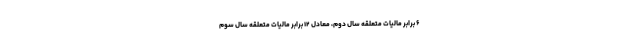
۶ برابر مالیات متعلقه سال دوم، معادل ۱۲ برابر مالیات متعلقه سال سوم